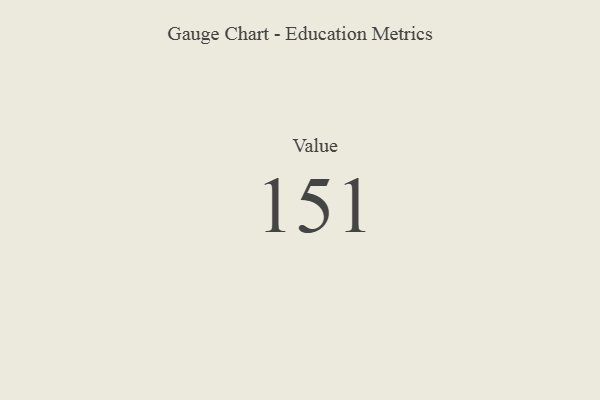
{"axis": {"x": "Metric", "y": "Value"}, "legend": [""], "data": [{"x": "Value", "y": 151, "type": ""}]}